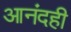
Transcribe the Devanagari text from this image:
आनंदही